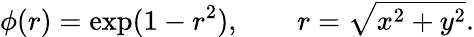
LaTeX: \phi(r)=\exp(1-r^{2}),\quad\quad r=\sqrt{x^{2}+y^{2}}.